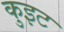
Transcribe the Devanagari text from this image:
कुइट